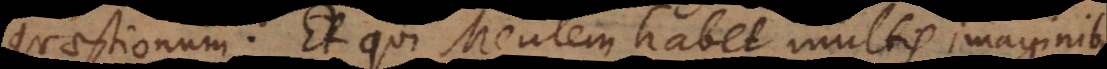
quaestionum. Et qui Mentem habet multis imaginibus